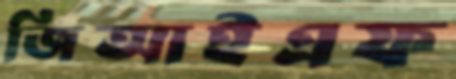
জিআইএফ